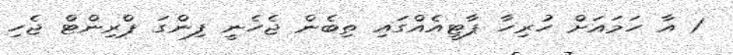
1 އާ ހަމައަށް ހުރިހާ ޕާޓީއެއްގައި ތިބެން ޖެހެނީ ފިންގަ ޕްރިންޓް ޖެހި